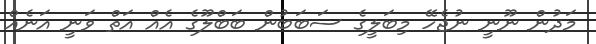
މަދުން ނޫނީ ނުޖެހޭ މިބަލީގެ ސަބަބުން ބަބްލޫގެ އެއް އަތް ވަނީ އަނެއް